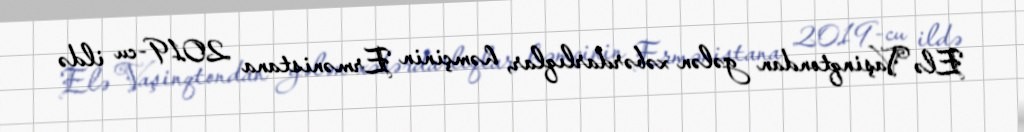
Elə Vaşinqtondan gələn xəbərdarlıqlar, həmçinin Ermənistana 2019-cu ildə